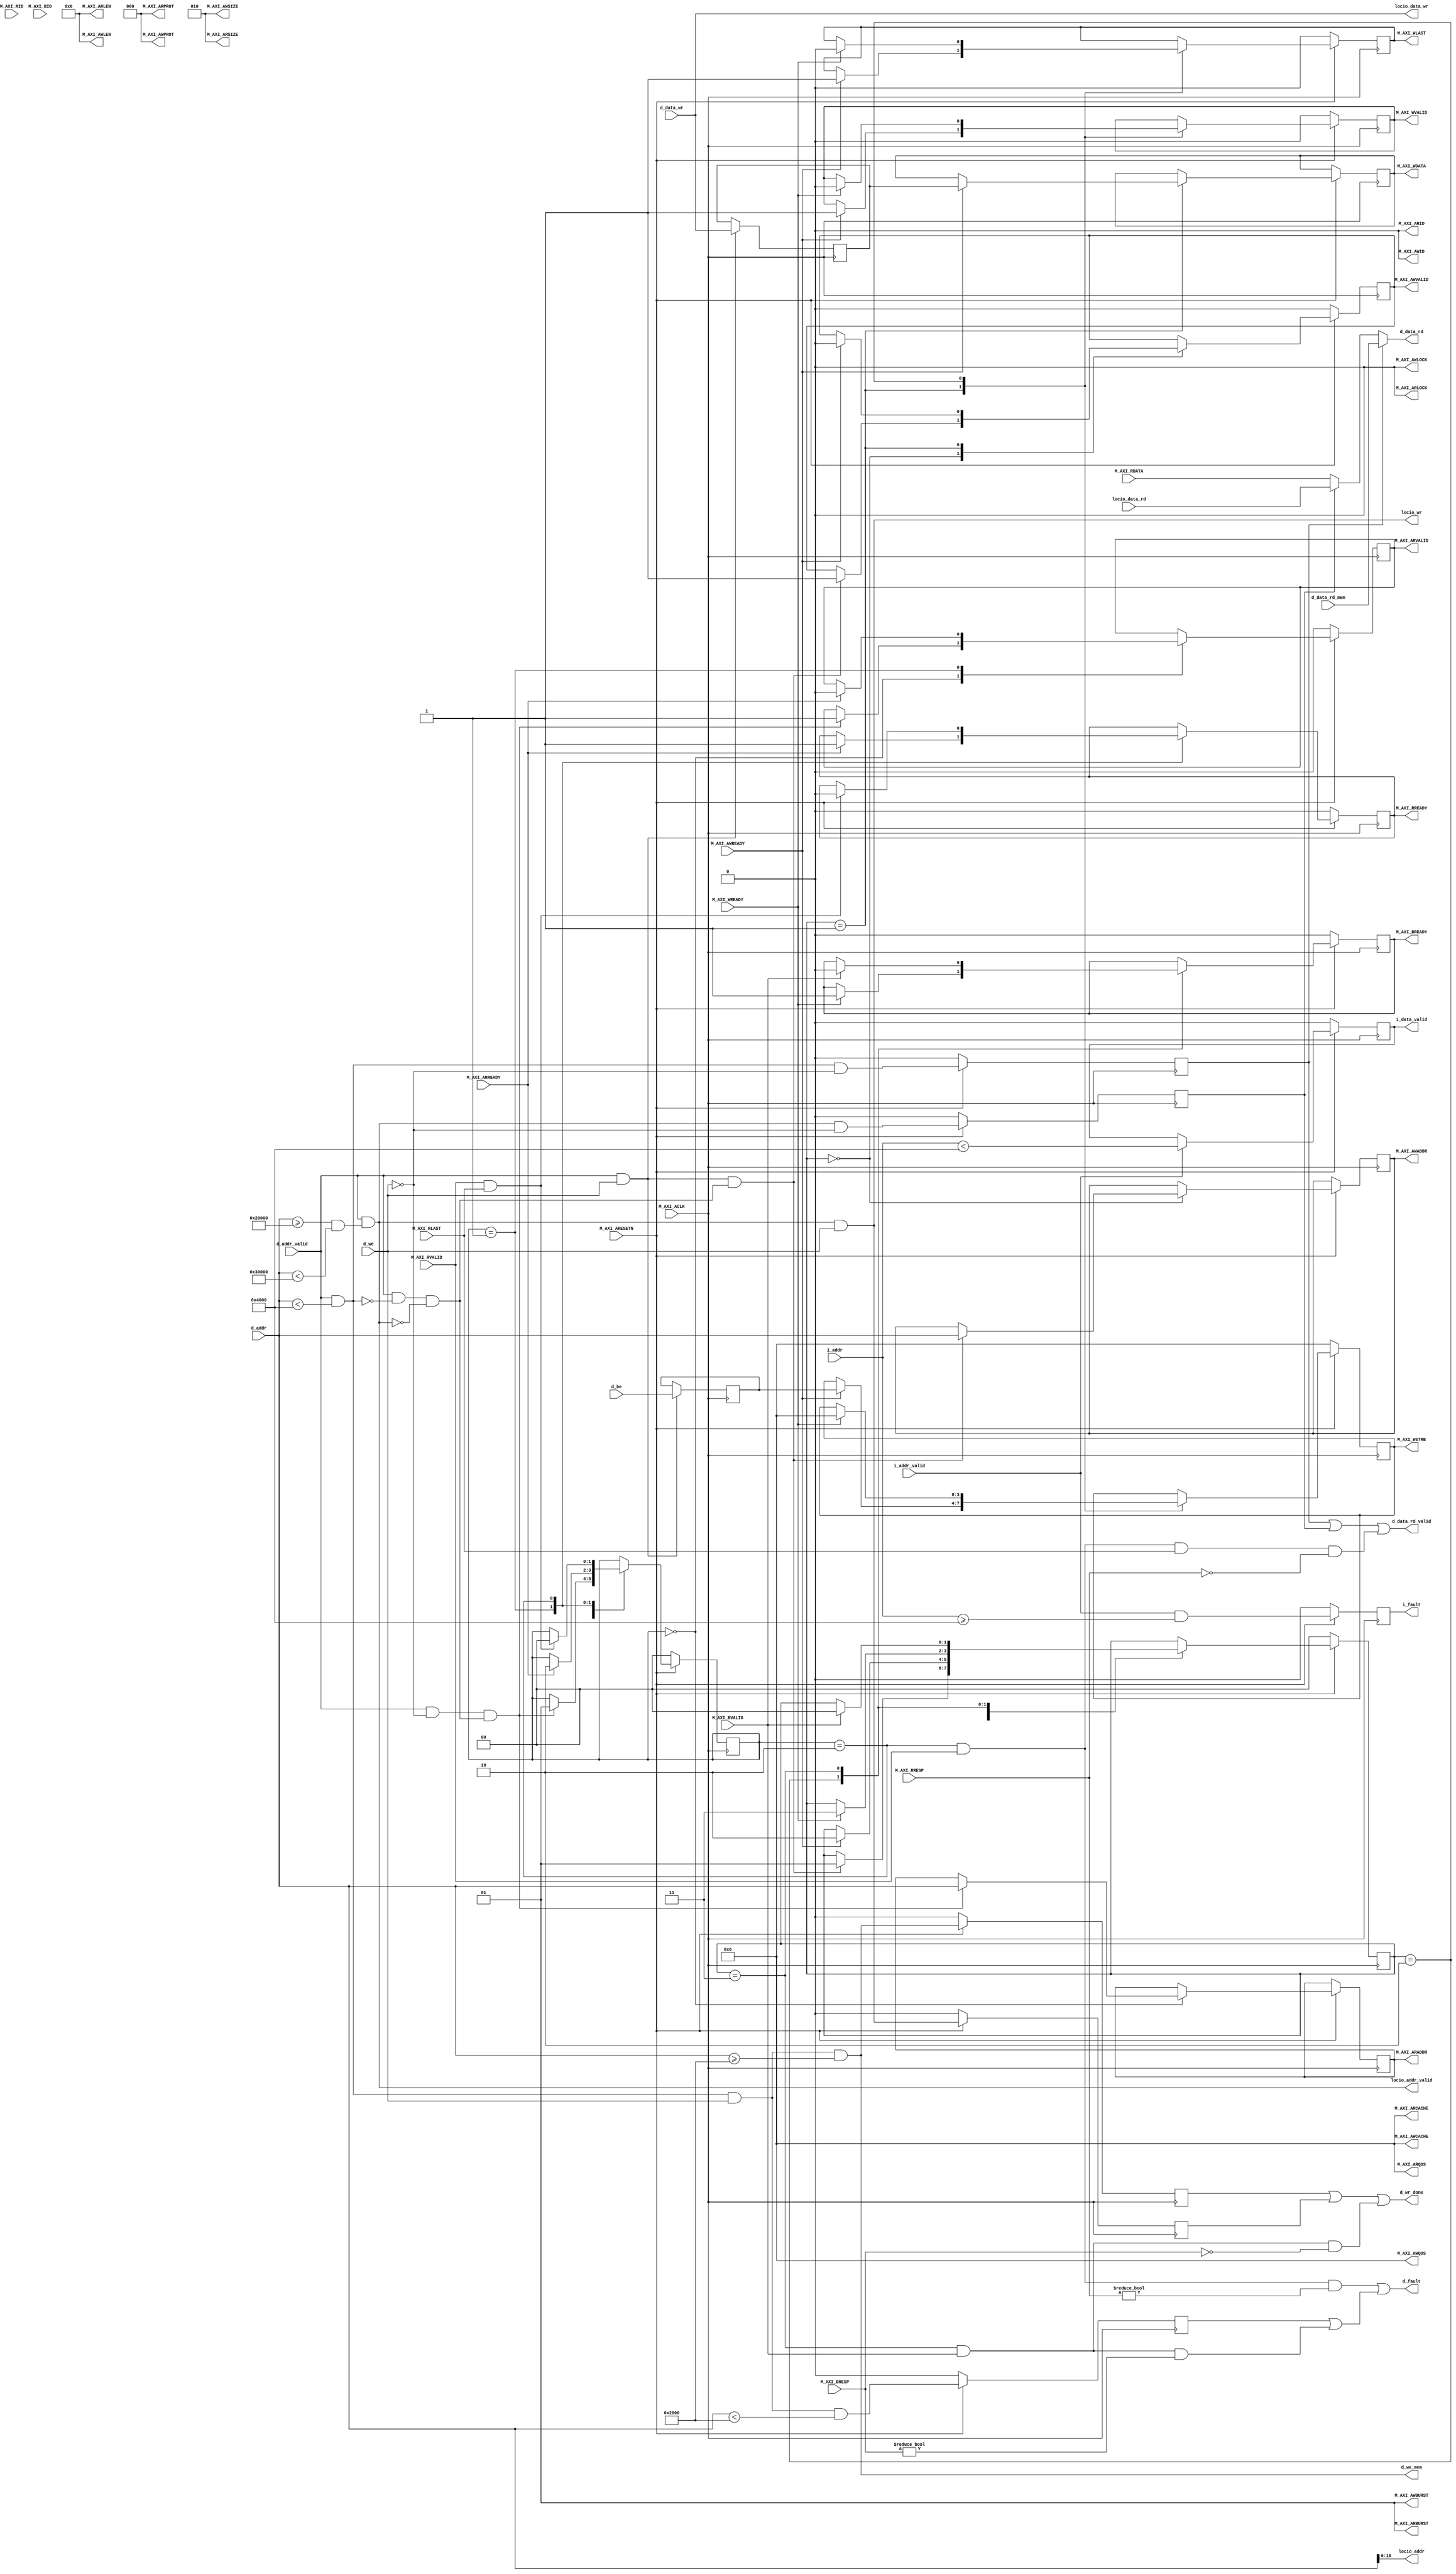
`timescale 1ns / 1ps
//
// Copyright (c) 2018 Thomas Skibo.
// All rights reserved.
//
// Redistribution and use in source and binary forms, with or without
// modification, are permitted provided that the following conditions
// are met:
// 1. Redistributions of source code must retain the above copyright
//    notice, this list of conditions and the following disclaimer.
// 2. Redistributions in binary form must reproduce the above copyright
//    notice, this list of conditions and the following disclaimer in the
//    documentation and/or other materials provided with the distribution.
//
// THIS SOFTWARE IS PROVIDED BY AUTHOR AND CONTRIBUTORS ``AS IS'' AND
// ANY EXPRESS OR IMPLIED WARRANTIES, INCLUDING, BUT NOT LIMITED TO, THE
// IMPLIED WARRANTIES OF MERCHANTABILITY AND FITNESS FOR A PARTICULAR PURPOSE
// ARE DISCLAIMED.  IN NO EVENT SHALL AUTHOR OR CONTRIBUTORS BE LIABLE
// FOR ANY DIRECT, INDIRECT, INCIDENTAL, SPECIAL, EXEMPLARY, OR CONSEQUENTIAL
// DAMAGES (INCLUDING, BUT NOT LIMITED TO, PROCUREMENT OF SUBSTITUTE GOODS
// OR SERVICES; LOSS OF USE, DATA, OR PROFITS; OR BUSINESS INTERRUPTION)
// HOWEVER CAUSED AND ON ANY THEORY OF LIABILITY, WHETHER IN CONTRACT, STRICT
// LIABILITY, OR TORT (INCLUDING NEGLIGENCE OR OTHERWISE) ARISING IN ANY WAY
// OUT OF THE USE OF THIS SOFTWARE, EVEN IF ADVISED OF THE POSSIBILITY OF
// SUCH DAMAGE.
//

module riscv_too_glue #(
                        parameter C_M_AXI_BURST_LEN = 4,
                        parameter C_M_AXI_ID_WIDTH = 1,
                        parameter C_M_AXI_ADDR_WIDTH = 32,
                        parameter C_M_AXI_DATA_WIDTH = 32,
                        parameter C_M_AXI_AWUSER_WIDTH = 0,
                        parameter C_M_AXI_ARUSER_WIDTH = 0,
                        parameter C_M_AXI_WUSER_WIDTH = 0,
                        parameter C_M_AXI_RUSER_WIDTH = 0,
                        parameter C_M_AXI_BUSER_WIDTH = 0,

                        parameter AWIDTH = 32,
                        parameter DWIDTH = 32,

                        parameter MEMSIZE = 16384,
                        parameter ROMSIZE = 8192,

                        parameter LOCIO_ADDR = 'h2_0000,
                        parameter LOCIO_SIZE = 'h1_0000,
                        parameter LOCIO_AWIDTH = 16)
    (
     input                                   M_AXI_ACLK,
     input                                   M_AXI_ARESETN,
     // Read address
     output reg [C_M_AXI_ADDR_WIDTH-1 : 0]   M_AXI_ARADDR,
     output reg                              M_AXI_ARVALID,
     input                                   M_AXI_ARREADY,
     output [C_M_AXI_ID_WIDTH-1 : 0]         M_AXI_ARID,
     output                                  M_AXI_ARLOCK,
     output [3 : 0]                          M_AXI_ARCACHE,
     output [2 : 0]                          M_AXI_ARPROT,
     output [7 : 0]                          M_AXI_ARLEN,
     output [2 : 0]                          M_AXI_ARSIZE,
     output [1 : 0]                          M_AXI_ARBURST,
     output [3 : 0]                          M_AXI_ARQOS,
     // Read data
     input [C_M_AXI_DATA_WIDTH-1 : 0]        M_AXI_RDATA,
     input                                   M_AXI_RVALID,
     output reg                              M_AXI_RREADY,
     input [C_M_AXI_ID_WIDTH-1 : 0]          M_AXI_RID,
     input                                   M_AXI_RLAST,
     input [1 : 0]                           M_AXI_RRESP,
     // Write address
     output reg [C_M_AXI_ADDR_WIDTH-1 : 0]   M_AXI_AWADDR,
     output reg                              M_AXI_AWVALID,
     input                                   M_AXI_AWREADY,
     output [C_M_AXI_ID_WIDTH-1 : 0]         M_AXI_AWID,
     output                                  M_AXI_AWLOCK,
     output [3 : 0]                          M_AXI_AWCACHE,
     output [2 : 0]                          M_AXI_AWPROT,
     output [7 : 0]                          M_AXI_AWLEN,
     output [2 : 0]                          M_AXI_AWSIZE,
     output [1 : 0]                          M_AXI_AWBURST,
     output [3 : 0]                          M_AXI_AWQOS,
     // Write data
     output reg [C_M_AXI_DATA_WIDTH-1 : 0]   M_AXI_WDATA,
     output reg                              M_AXI_WVALID,
     input                                   M_AXI_WREADY,
     output reg                              M_AXI_WLAST,
     output reg [C_M_AXI_DATA_WIDTH/8-1 : 0] M_AXI_WSTRB,
     // Write response
     input [1 : 0]                           M_AXI_BRESP,
     input                                   M_AXI_BVALID,
     output reg                              M_AXI_BREADY,
     input [C_M_AXI_ID_WIDTH-1 : 0]          M_AXI_BID,

     // Local I/O interface
     output [LOCIO_AWIDTH - 1 : 0]           locio_addr,
     output                                  locio_addr_valid,
     output [DWIDTH - 1 : 0]                 locio_data_wr,
     output                                  locio_wr,
     input [DWIDTH - 1 : 0]                  locio_data_rd,

     // Monitor cpu I-bus
     input [AWIDTH - 1 : 0]                  i_addr,
     input                                   i_addr_valid,
     output reg                              i_data_valid,
     output reg                              i_fault,

     // Cpu D-bus
     input [AWIDTH - 1 : 0]                  d_addr,
     input                                   d_addr_valid,
     output [DWIDTH - 1 : 0]                 d_data_rd,
     input [DWIDTH - 1 : 0]                  d_data_rd_mem,
     output                                  d_data_rd_valid,
     input [DWIDTH - 1 : 0]                  d_data_wr,
     input                                   d_we,
     output                                  d_we_mem,
     input [DWIDTH / 8 - 1 : 0]              d_be,
     output                                  d_wr_done,
     output                                  d_fault
    );

    // Fixed AXI write signals.
    assign M_AXI_AWID = 0;
    assign M_AXI_AWLEN = 8'd0;      // single word writes
    assign M_AXI_AWSIZE = 3'b010;   // 4 bytes per clock
    assign M_AXI_AWBURST = 2'b01;   // INCR
    assign M_AXI_AWLOCK = 1'b0;
    assign M_AXI_AWCACHE = 4'b0000; // normal non-cacheable non-bufferable
    assign M_AXI_AWPROT = 3'd0;
    assign M_AXI_AWQOS = 4'd0;

    // Fixed AXI read channel signals.
    assign M_AXI_ARID = 0;
    assign M_AXI_ARSIZE = 3'b010;   // 4 bytes per clock
    assign M_AXI_ARLEN = 8'd0;      // single word reads
    assign M_AXI_ARBURST = 2'b01;   // INCR
    assign M_AXI_ARLOCK = 1'b0;
    assign M_AXI_ARCACHE = 4'b0000; // normal non-cacheable non-bufferable
    assign M_AXI_ARPROT = 3'd0;
    assign M_AXI_ARQOS = 4'd0;

    // Convenience signals.
    wire    clk = M_AXI_ACLK;
    wire    reset = ~M_AXI_ARESETN;

    // As long as i_addr is in onboard mem, it is valid next clock.
    always @(posedge clk)
        if (reset)
            i_data_valid <= 0;
        else if (i_addr_valid)
            i_data_valid <= i_addr < MEMSIZE;

    // Fault any instruction access outsize of onboard mem.
    always @(posedge clk)
        if (reset)
            i_fault <= 0;
        else
            i_fault <= i_addr_valid && i_addr >= MEMSIZE;

    wire    d_addr_ismem = d_addr_valid && d_addr < MEMSIZE;
    reg     d_data_ismem;
    always @(posedge clk)
        if (reset)
            d_data_ismem <= 0;
        else
            d_data_ismem <= d_addr_ismem && !d_we;

    assign d_we_mem = d_addr_ismem && d_we && d_addr >= ROMSIZE;

    wire    d_addr_islocio = d_addr_valid &&
            (d_addr >= LOCIO_ADDR && d_addr < LOCIO_ADDR + LOCIO_SIZE);
    assign  locio_wr = d_addr_islocio && d_we;
    assign  locio_data_wr = d_data_wr;
    assign  locio_addr = d_addr[LOCIO_AWIDTH - 1 : 0];
    assign  locio_addr_valid = d_addr_islocio;

    reg     d_data_islocio;
    always @(posedge clk)
        if (reset)
            d_data_islocio <= 0;
        else
            d_data_islocio <= d_addr_islocio && !d_we;

    wire    d_addr_isaxi = d_addr_valid && !d_addr_ismem && !d_addr_islocio;

    // Read mux
    assign d_data_rd = d_data_ismem ? d_data_rd_mem :
                       (d_data_islocio ? locio_data_rd :  M_AXI_RDATA);

    reg     d_wr_done_mem;
    always @(posedge clk)
        if (reset)
            d_wr_done_mem <= 0;
        else
            d_wr_done_mem <= d_we_mem;

    reg     d_wr_rom_fault;
    always @(posedge clk)
        if (reset)
            d_wr_rom_fault <= 0;
        else
            d_wr_rom_fault <= d_addr_ismem && d_we && d_addr < ROMSIZE;

    reg     d_wr_done_locio;
    always @(posedge clk)
        if (reset)
            d_wr_done_locio <= 0;
        else
            d_wr_done_locio <= d_addr_islocio && d_we;

    // AXI State machines handle data reads and writes one word at a time.

    // AXI Read state machine.
    localparam [1 : 0]
        RSM_IDLE =      2'd0,
        RSM_RADDR =     2'd1,
        RSM_RDATA =     2'd2;

    reg [1 : 0] rsm;

    always @(posedge clk)
        if (reset) begin
            M_AXI_ARVALID <= 0;
            M_AXI_RREADY <= 0;
            rsm <= RSM_IDLE;
        end
        else
            case (rsm)
                RSM_IDLE:
                    if (d_addr_valid && !d_we && d_addr_isaxi) begin
                        M_AXI_ARADDR <= d_addr;
                        M_AXI_ARVALID <= 1;
                        rsm <= RSM_RADDR;
                    end

                RSM_RADDR:
                    if (M_AXI_ARREADY) begin
                        M_AXI_ARVALID <= 0;
                        M_AXI_RREADY <= 1;
                        rsm <= RSM_RDATA;
                    end

                RSM_RDATA:
                    if (M_AXI_RVALID && M_AXI_RLAST) begin
                        M_AXI_RREADY <= 0;
                        rsm <= RSM_IDLE;
                    end

            endcase

    assign d_data_rd_valid = d_data_ismem || d_data_islocio ||
                             ((rsm == RSM_RDATA) && M_AXI_RVALID &&
                              M_AXI_RLAST && M_AXI_RRESP == 2'b00);

    wire d_rd_fault = (rsm == RSM_RDATA) && M_AXI_RVALID &&
         M_AXI_RRESP != 2'b00;

    // Register write data and be for AXI transactions
    reg [DWIDTH - 1 : 0]        d_data_wr_1;
    reg [DWIDTH / 8 - 1 : 0]    d_be_1;
    always @(posedge clk)
        if (d_addr_valid && d_we) begin
            d_data_wr_1 <= d_data_wr;
            d_be_1 <= d_be;
        end

    // AXI Write state machine.
    localparam [1 : 0]
        WSM_IDLE =      2'd0,
        WSM_WADDR =     2'd1,
        WSM_WDATA =     2'd2,
        WSM_WRESP =     2'd3;

    reg [1 : 0] wsm;

    always @(posedge clk)
        if (reset) begin
            M_AXI_AWVALID <= 0;
            M_AXI_WVALID <= 0;
            M_AXI_WLAST <= 0;
            M_AXI_WSTRB <= 'd0;
            M_AXI_BREADY <= 0;
            wsm <= WSM_IDLE;
        end
        else
            case (wsm)
                WSM_IDLE:
                    if (d_addr_valid && d_we && d_addr_isaxi) begin
                        M_AXI_AWADDR <= d_addr;
                        M_AXI_AWVALID <= 1;
                        wsm <= WSM_WADDR;
                    end

                WSM_WADDR:
                    if (M_AXI_AWREADY) begin
                        M_AXI_AWVALID <= 0;
                        M_AXI_WDATA <= d_data_wr_1;
                        M_AXI_WSTRB <= d_be_1;
                        M_AXI_WLAST <= 1;
                        M_AXI_WVALID <= 1;
                        wsm <= WSM_WDATA;
                    end

                WSM_WDATA:
                    if (M_AXI_WREADY) begin
                        M_AXI_WLAST <= 0;
                        M_AXI_WVALID <= 0;
                        M_AXI_WSTRB <= 0;
                        M_AXI_BREADY <= 1;
                        wsm <= WSM_WRESP;
                    end

                WSM_WRESP:
                    if (M_AXI_BVALID) begin
                        M_AXI_BREADY <= 0;
                        wsm <= WSM_IDLE;
                    end

            endcase // case (wsm)

    wire d_wr_done_axi = (wsm == WSM_WRESP) && M_AXI_BVALID &&
         M_AXI_BRESP == 2'b00;
    assign d_wr_done = d_wr_done_mem || d_wr_done_locio || d_wr_done_axi;

    wire d_wr_fault = d_wr_rom_fault ||
         ((wsm == WSM_WRESP) && M_AXI_BVALID && M_AXI_BRESP != 2'b00);
    assign d_fault = d_rd_fault || d_wr_fault;

endmodule // riscv_too_glue